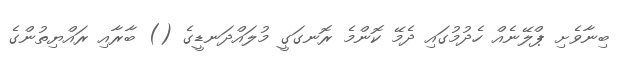
ބިނާވެށި ޕްލޭނެއް ހެދުމުގައި ދެމޭ ކޮންމެ ރޮނގަގީ މުލައްދަނޑީގެ () ބާރާއި ރައްޔިތުންގެ